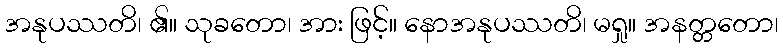
အနုပဿတိ၊ ၏။ သုခတော၊ အား ဖြင့်။ နောအနုပဿတိ၊ မရှု။ အနတ္တတော၊